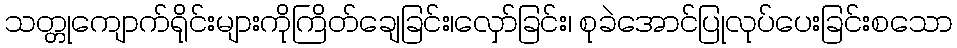
သတ္တုကျောက်ရိုင်းများကိုကြိတ်ချေခြင်း၊လှော်ခြင်း၊ စုခဲအောင်ပြုလုပ်ပေးခြင်းစသော